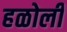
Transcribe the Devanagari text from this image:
हळोली